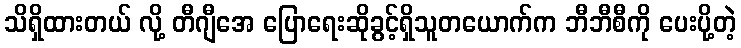
သိရှိထားတယ် လို့ တီဂျီအေ ပြောရေးဆိုခွင့်ရှိသူတယောက်က ဘီဘီစီကို ပေးပို့တဲ့